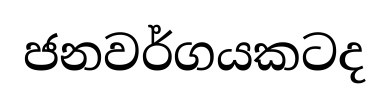
ජනවර්ගයකටද